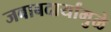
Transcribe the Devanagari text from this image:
जबाबदार्यांमुळे